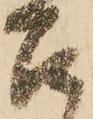
召